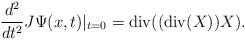
LaTeX: \begin{align*}\frac{d^{2}}{dt^{2}}J\Psi(x,t)|_{t=0}=\mathrm{div}((\mathrm{div}(X))X).\end{align*}